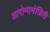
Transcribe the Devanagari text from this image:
आरोग्यमंजिरी